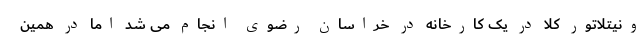
ونیتلاتور کلا در یک کارخانه در خراسان رضوی انجام می شد اما در همین